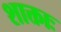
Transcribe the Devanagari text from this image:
शाक्ताः